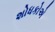
શોધકોએ